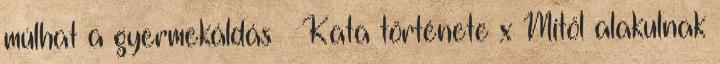
múlhat a gyermekáldás – Kata története x Mitől alakulnak